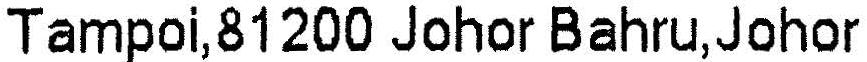
TAMPOI,81200 JOHOR BAHRU,JOHOR